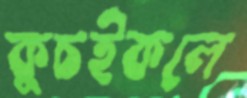
কুচইকলে